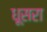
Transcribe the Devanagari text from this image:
धूसरा